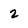
Character: 2